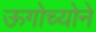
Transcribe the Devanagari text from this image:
ऊगोच्योने